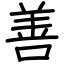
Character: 善